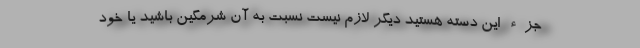
جزءِ این دسته هستید دیگر لازم نیست نسبت به آن شرمگین باشید یا خود